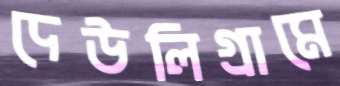
দেউলিগ্রামে